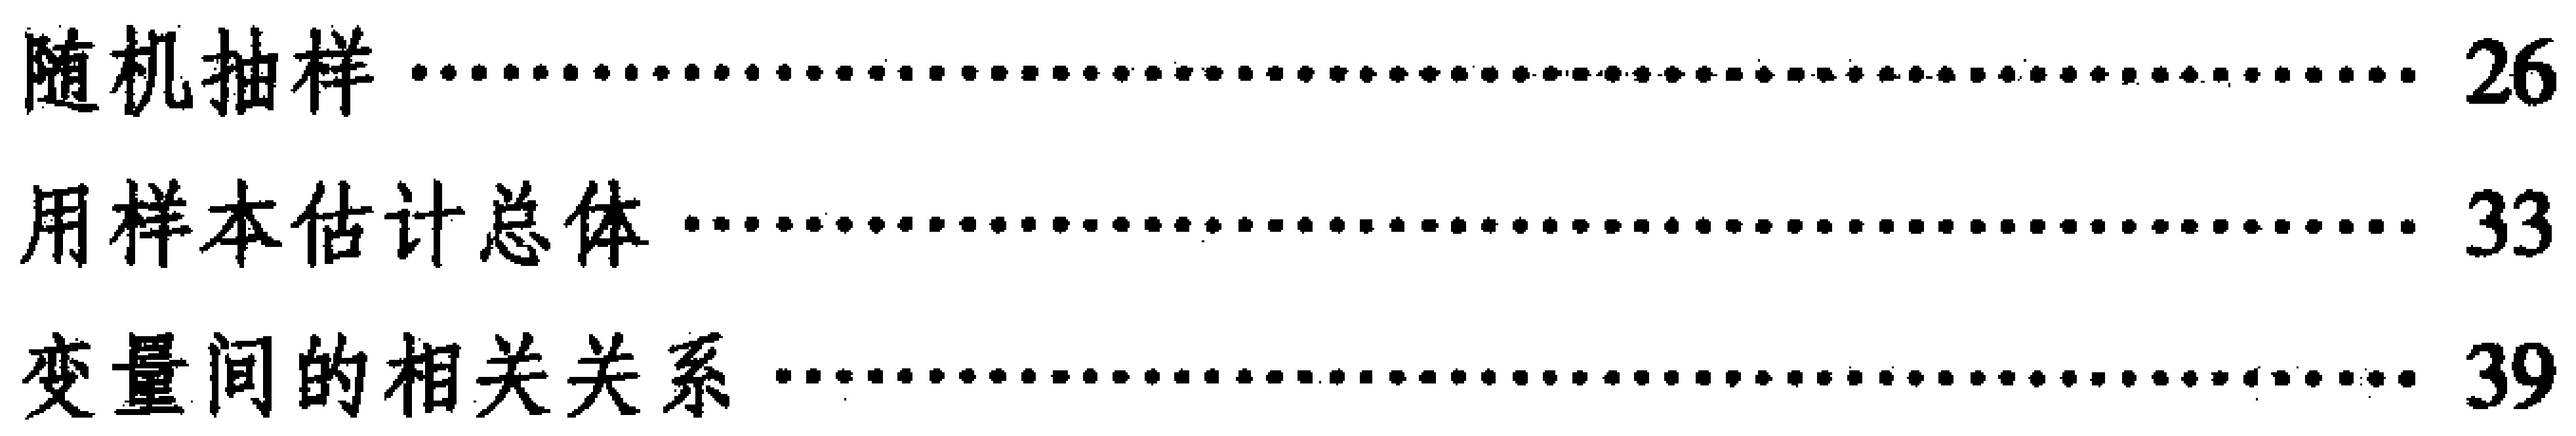
\begin{itemize}

\item 随机抽样 \hfill 26

\item 用样本估计总体 \hfill 33

\item 变量间的相关关系 \hfill 39

\end{itemize}